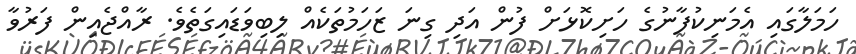
ހަމަލާގައި އެމަނިކުފާނުގެ ހަށިކޮޅަށް ފުން އަދި ގިނަ ޒަހަމުތަކެއް ލިބިވަޑައިގަތެވެ. ރާއްޖެއިން ފަރުވާ